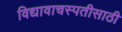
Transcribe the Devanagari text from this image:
विद्यावाचस्पतीसाठी